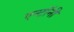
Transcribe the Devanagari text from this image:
एन्टॉनी